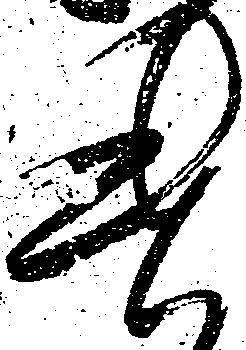
遣